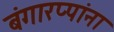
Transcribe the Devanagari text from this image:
बंगारप्पांना